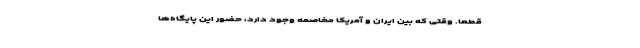
قطعا. وقتی که بین ایران و آمریکا مخاصمه وجود دارد، حضور این پایگاه‌ها